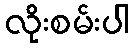
လိုးစမ်းပါ